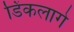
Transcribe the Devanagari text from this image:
डिंकलागे